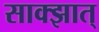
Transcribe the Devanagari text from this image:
साक्झात्